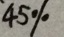
4 5 \%